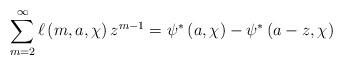
LaTeX: \begin{align*}\sum_{m=2}^{\infty}\ell\left( m,a,\chi\right) z^{m-1}=\psi^{\ast}\left(a,\chi\right) -\psi^{\ast}\left( a-z,\chi\right) \end{align*}